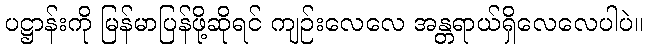
ပဋ္ဌာန်းကို မြန်မာပြန်ဖို့ဆိုရင် ကျဉ်းလေလေ အန္တရာယ်ရှိလေလေပါပဲ။